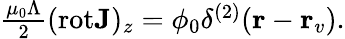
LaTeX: \begin{array}{r}{\frac{\mu_{0}\Lambda}{2}(\mathrm{rot}{\mathbf J})_{z}=\phi_{0}\delta^{(2)}({\mathbf r}-{\mathbf r}_{v}).}\end{array}